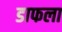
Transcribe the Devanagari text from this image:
डाफला